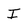
Character: I